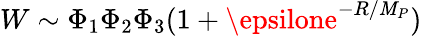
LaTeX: W\sim\Phi_{1}\Phi_{2}\Phi_{3}(1+\epsilone^{-R/\mathit{M}_{P}})